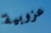
عزوبية